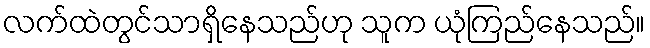
လက်ထဲတွင်သာရှိနေသည်ဟု သူက ယုံကြည်နေသည်။